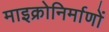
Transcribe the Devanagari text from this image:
माइक्रोनिर्माणों